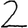
Digit: 2